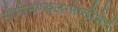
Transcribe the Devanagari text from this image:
गोपीमण्डलगोष्ठीभेदं